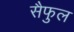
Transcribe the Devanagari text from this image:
सैफुल